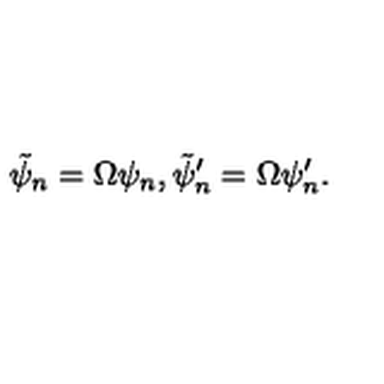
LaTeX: \tilde { \psi } _ { n } = \Omega \psi _ { n } , \tilde { \psi } _ { n } ^ { \prime } = \Omega \psi _ { n } ^ { \prime } .